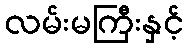
လမ်းမကြီးနှင့်